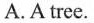
A.A tree.